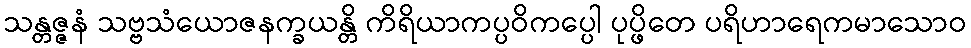
သန္တဇ္ဇနံ သဗ္ဗသံယောဇနက္ခယန္တိ ကိရိယာကပ္ပဝိကပ္ပေါ ပုပ္ဖိတေ ပရိဟာရေကမာသောဝ